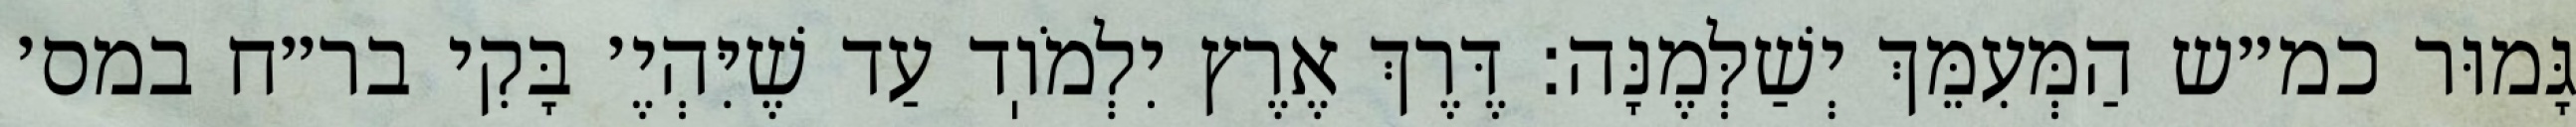
גָּמוּר כמ״ש הַמְּעִמֵּךְ יְשַׁלְּמֶנָּה: דֶּרֶךְ אֶרֶץ יִלְמֹוֽד עַד שֶׁיִּהְיֶ׳ בָּקִי בר״ח במס׳